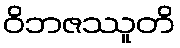
ဝိဘဇဿူတိ